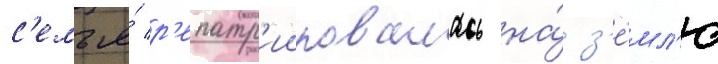
с'емья́ р'епатр'иировалась на́ з'е́мл'ю